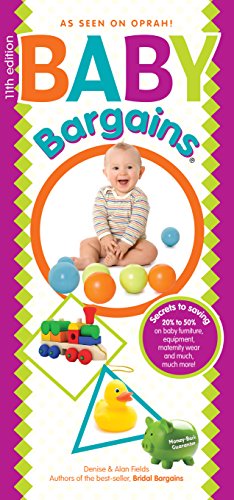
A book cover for Baby Bargains: Secrets to Saving 20% to 50% on baby furniture, gear, clothes, strollers, maternity wear and much, much more!; Denise Fields; Parenting & Relationships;